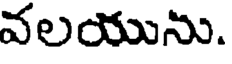
వలయును.